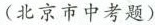
(北京市中考题)